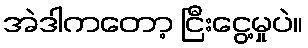
အဲဒါကတော့ ငြီးငွေ့မှုပဲ။